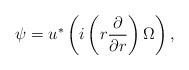
LaTeX: \begin{align*}\psi = u^{*} \left( i \left(r \frac{\partial}{\partial r} \right) \Omega \right),\end{align*}